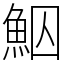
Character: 鮂